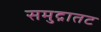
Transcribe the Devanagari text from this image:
समुद्रातट